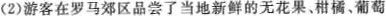
(2)游客在罗马郊区品尝了当地新鲜的无花果、柑橘、葡萄